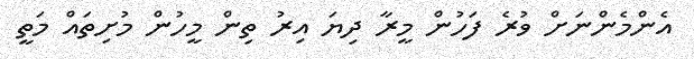
އެންމެންނަށް ވުރެ ފަހުން މީރާ ދިޔަ އިރު ތިން މީހުން މުށިތައް މަތީ